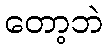
တော့ဘဲ